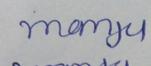
Signature authenticity: forged